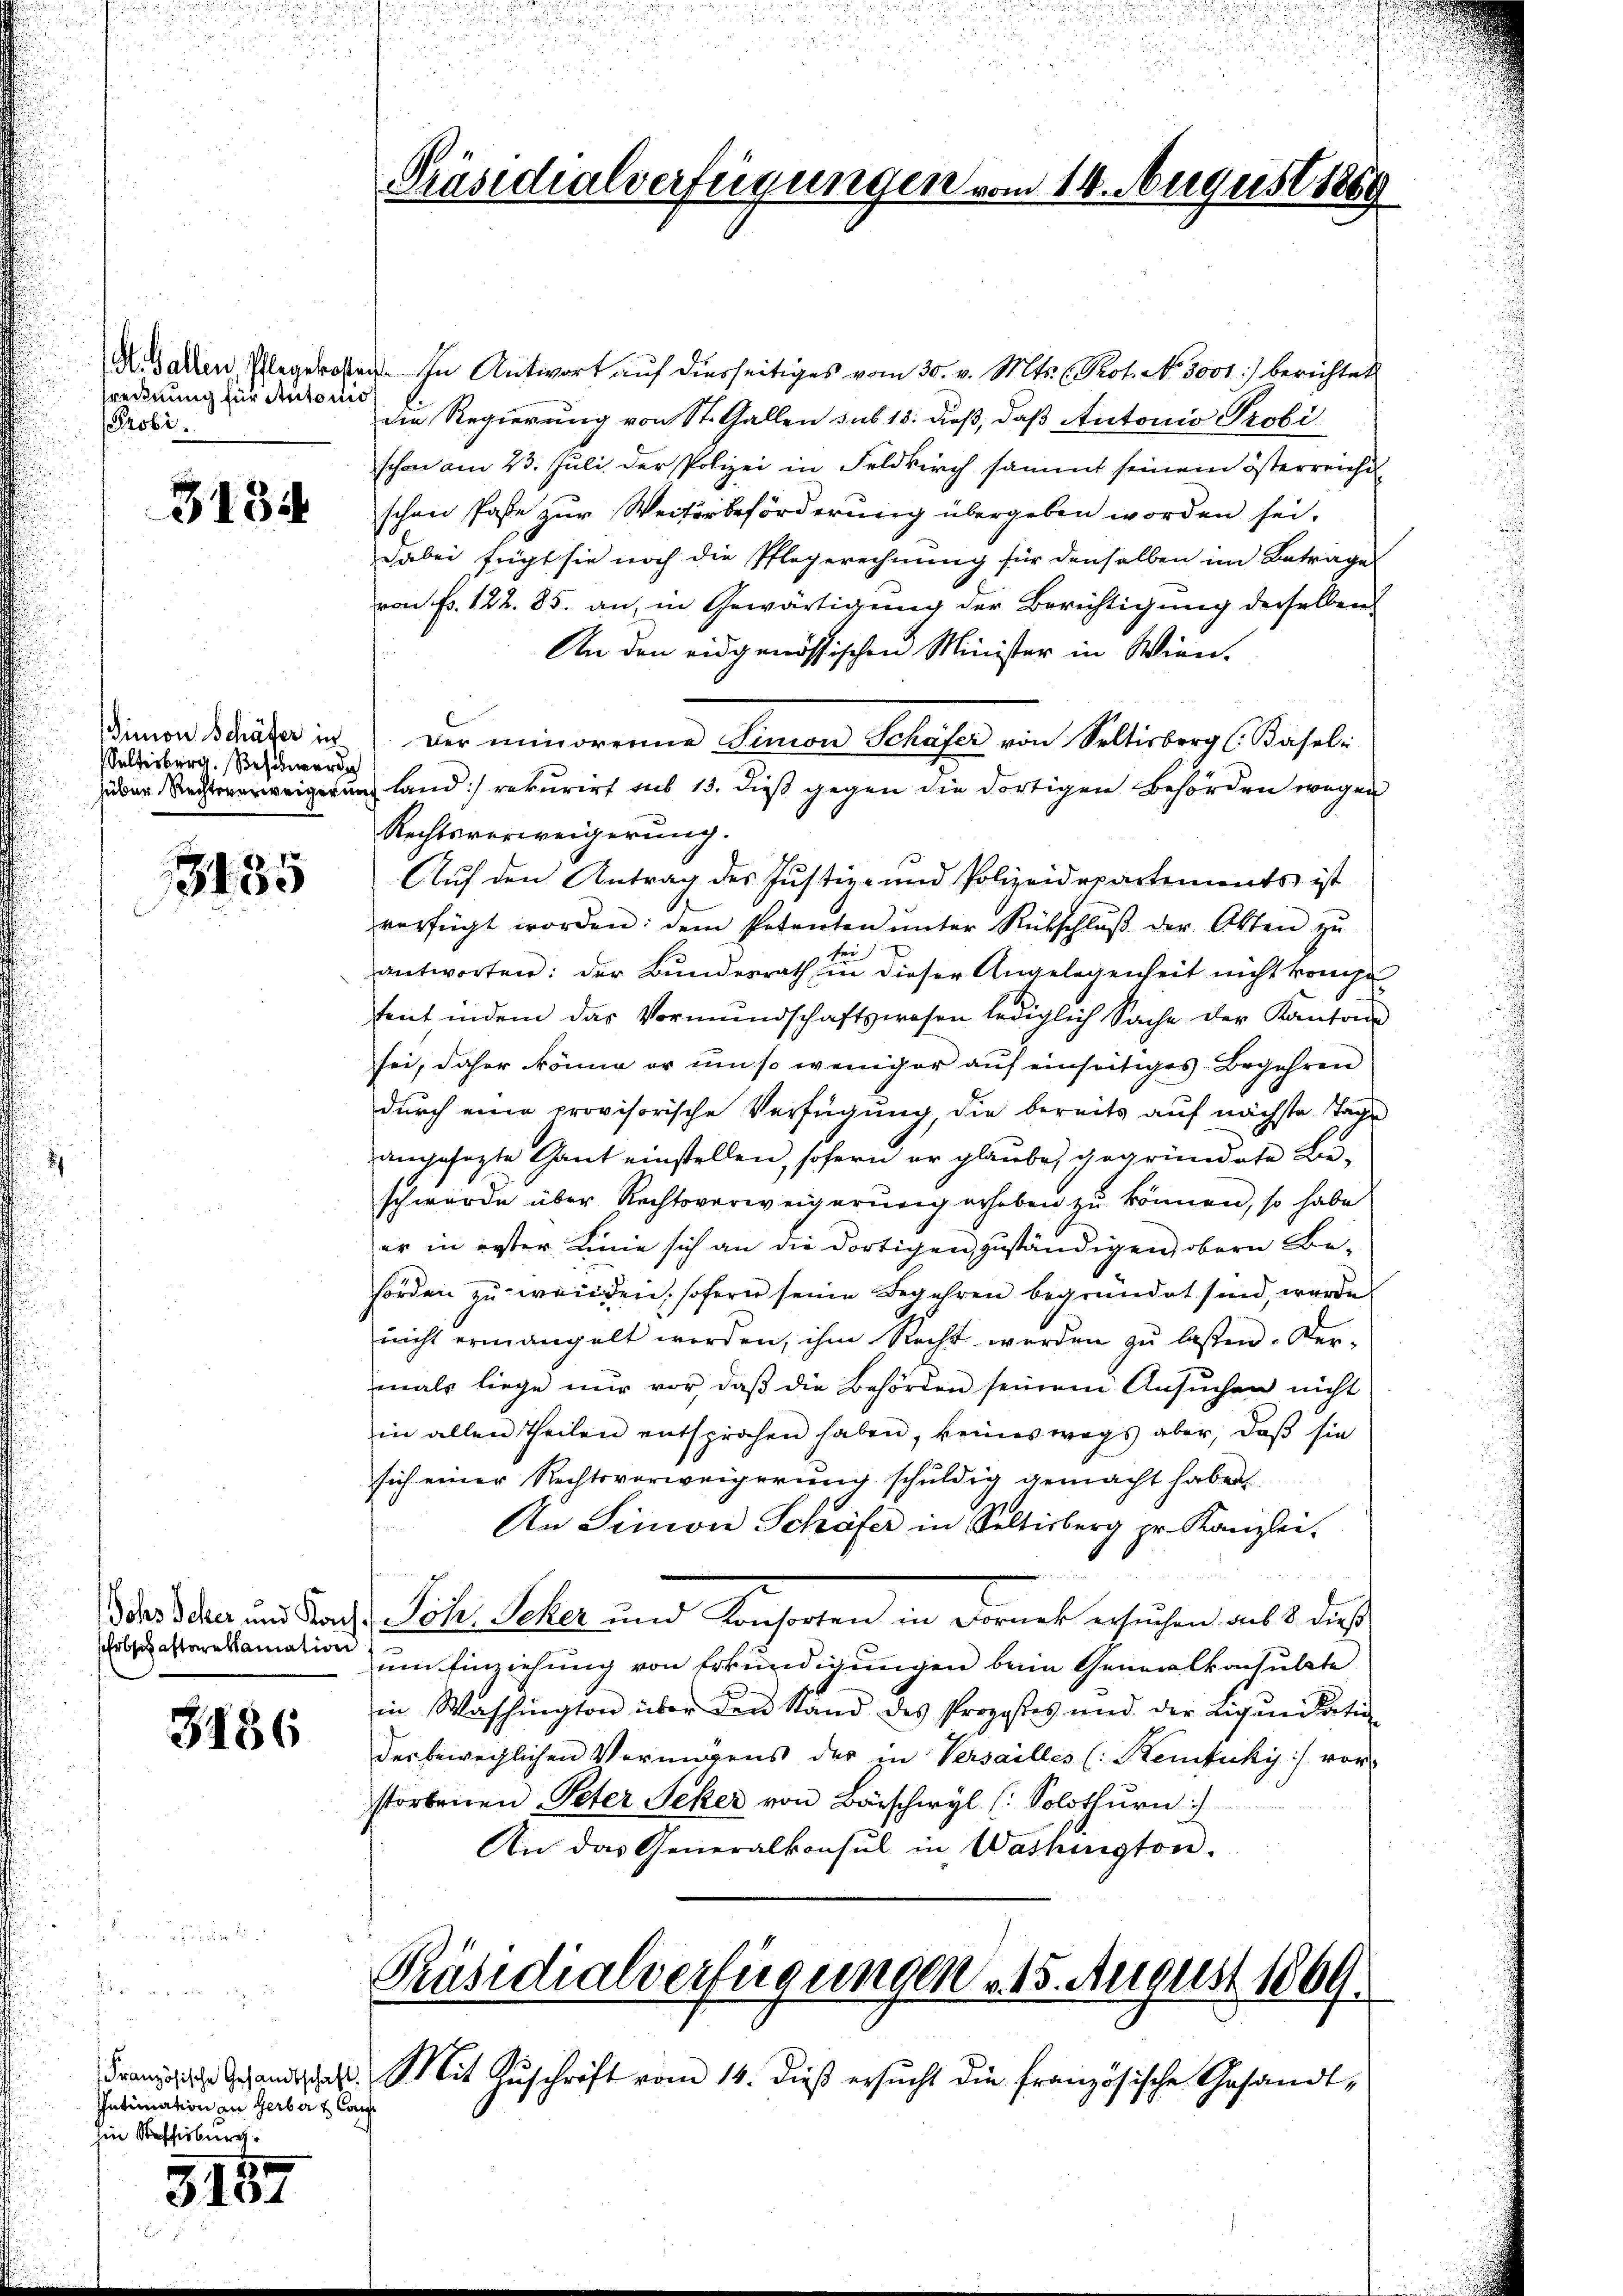
srechnung für Antonio,
Probi

3134

imon Schäfer in
Sultisberg. Beschwerden

3135

obhastareklamation

3486

Französische Gesandtschaft.
Intimation an Gerber & Cau
Ein Beschiebung

3157

Mesalten, Pflegerosten. In Antwort aŭf diesseitiges vom 30. v. Mts. Prot. No. 3001:/ berichtet
die Regierung von St. Gallen sub 15. dieß, daß Antonio Probi
schon am 23. Juli der Polizei in Feldkirch sammt seinem österreichi
schen Pässe zur Weiterbeförderung übergeben worden sei.
dabei fügt sie noch die Pflegerechnung für denselben im Betrage
von Fr. 122. 85. an, in Gewärtigung der Berichtigung derselben
An den eidgenössischen Minister in Wien.
Der minorene Simon Schafer von Seltisberg (Basel
üder Rechtsverweigerung land) rekurirt aus 13. dieß gegen die dortigen Behörden wegen
Rechtsverweigerung.
Auf den Antrag des Justiz- und Polizeidepartements ist
verfügt worden: dem Petenten ŭnter Rückschlŭβ der Akten zŭ
antworten: der Bundesrath in dieser Angelegenheit nicht kompe
tent, indem das Vormŭndschaftswesen lediglich Sache der Kantons
sei, daher könne er um so weniger auf einseitiges Begehren
durch eine provisorische Verfügung, die bereits aŭf nächste Tage
angesezte Gant einstellen, sofern er glaube, gegründete Beschwürde über Rechtsverweigerung erhoben zu können, so habe
er in erster Linie sich an die dortigen zuständigen, obern Behörden zu weiden, sofern seine Begehren begründet sind, werde
nicht ermangelt werden, ihm Recht werden zŭ lassen. Der-
mals liege nur vor, daβ die Behörden seinem Ansŭchen nicht
in allen Theilen entsprochen haben, keineswegs aber, daβ sie
sich einer Rechtsverweigerung schuldig gemacht haben
An Simon Schäfer in Seltisberg pr. Kanzlei.
Dieas Schen und doch Peter Scher und Konsorten in Dornes ersuchen aus 3. diese
um Einziehung von Erkundigungen bein Generalkonsulate
in Washington über den Stand des Proposes und der Liquidation
der beweglichen Vermögens des in Versailles (Remtuky) vor-
storbenen Peter Seker von Barschwyl (: Solothŭrn:/
An das Generalkonsul in Washington.

Präsidialverfügungen vom 14. August 1859

Präsidialverfügungen 15. August 1869.

Mit Zŭschrift vom 14. dieß ersŭcht die französische Gesandt-